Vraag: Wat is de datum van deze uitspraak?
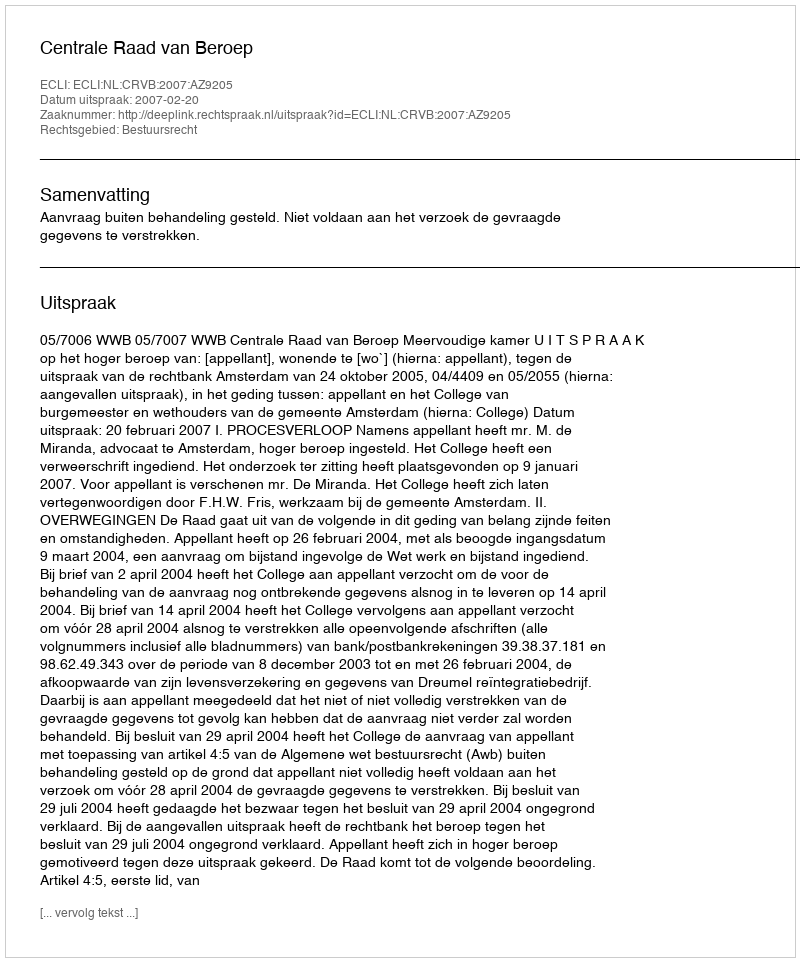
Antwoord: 2007-02-20